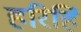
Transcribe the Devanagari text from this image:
हरिहिं